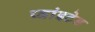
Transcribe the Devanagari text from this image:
प्वांइटेड